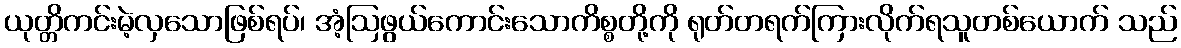
ယုတ္တိကင်းမဲ့လှသောဖြစ်ရပ်၊ အံ့ဩဖွယ်ကောင်းသောကိစ္စတို့ကို ရုတ်တရက်ကြားလိုက်ရသူတစ်ယောက် သည်